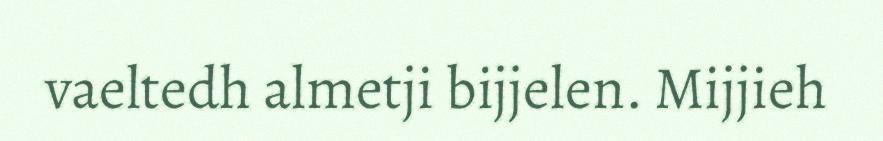
vaeltedh almetji bijjelen. Mijjieh